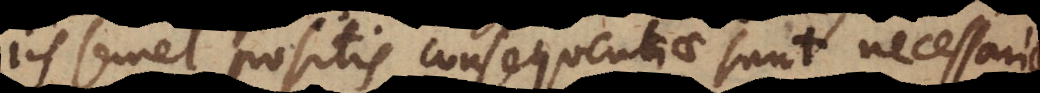
iis semel positis consequentiae sunt necessari